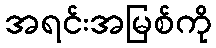
အရင်းအမြစ်ကို